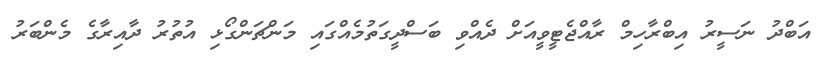
އަބްދު ނަސީރު އިބްރާހިމް ރާއްޖެޓީވީއަށް ދެއްވި ބަސްދީގަތުމެއްގައި މަންޗަންގޯޅި އުތުރު ދާއިރާގެ މެންބަރު